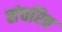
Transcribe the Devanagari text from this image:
संचरित्र